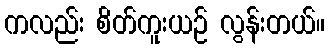
ကလည်း စိတ်ကူးယဉ် လွန်းတယ်။